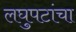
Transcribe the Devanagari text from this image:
लघुपटांचा